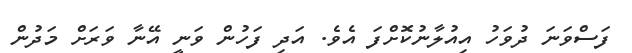
ފަސްވަނަ ދުވަހު އިއުލާނުކޮށްފަ އެވެ. އަދި ފަހުން ވަނީ އޭނާ ވަރަށް މަދުން